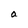
Character: a